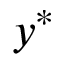
y ^ { * }